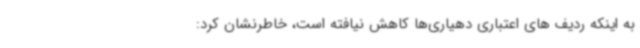
به اینکه ردیف های اعتباری دهیاری‌ها کاهش نیافته است، خاطرنشان کرد: